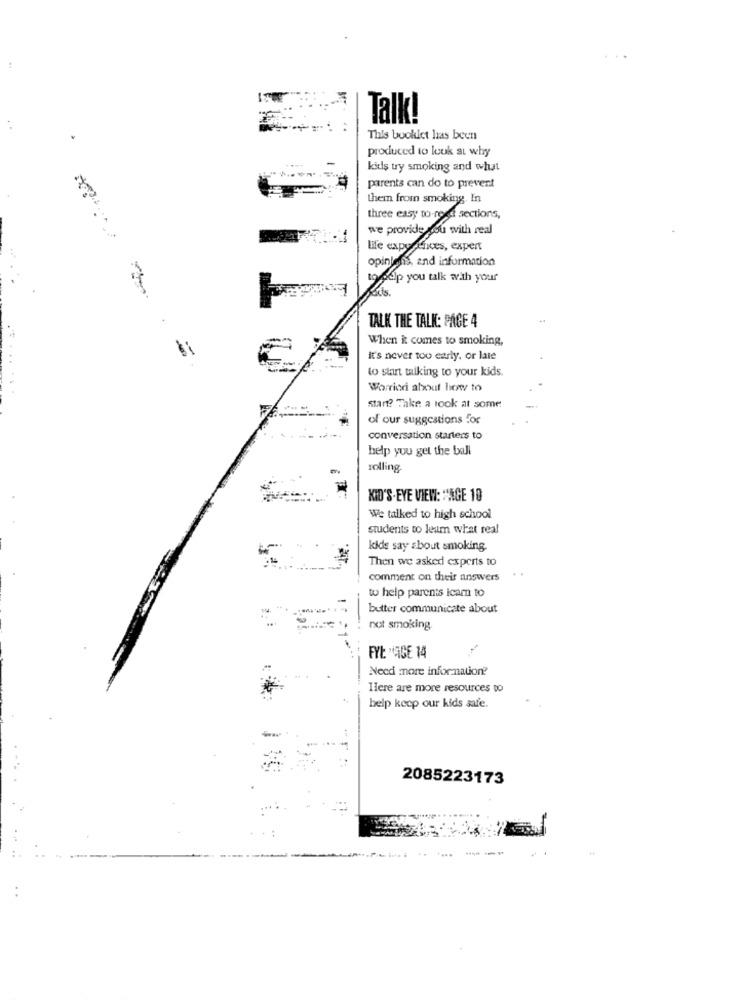
Talk!
This booklet has been
produced to look at why
kids try smoking and what
parents can do to prevent
them from smoking. In
three easy to-rege sections,
we provide you with real
life exportfices, expert
opinions, and information
Lovedip you talk with your
TALK THE TALK: PAGE 4
When it comes to smoking,
it's never too early, or late
to start talking to your kids.
Worried about how to
start? Take a look at some
of our suggestions for
conversation starters to
help you get the ball
rolling.
KID'S-EYE VIEW: "AGE 10
We talked to high school
students to learn what real
kids say about smoking.
Then we asked experts to
comment on their answers
to help parents icam to
butter communicate about
not smoking
FYL "VIGE 14
Need more information?
Here are more resources to
help keep our kids safe.
2085223173